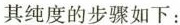
其纯度的步骤如下：